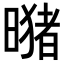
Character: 𪱂